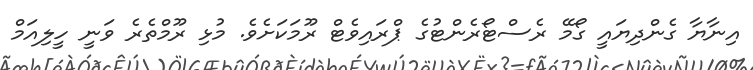
އިނާޔާ ގެންދިޔައީ ގޯމޭ ރެސްޓޯރެންޓުގެ ޕްރައިވެޓް ރޫމަކަށެވެ. މުޅި ރޫމްތެރެ ވަނީ ހީލިއަމް